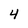
Character: 4